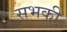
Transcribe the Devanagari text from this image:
सभकी